Report on vaccination in the Province of Bengal - 1869-1873
Year: 1869
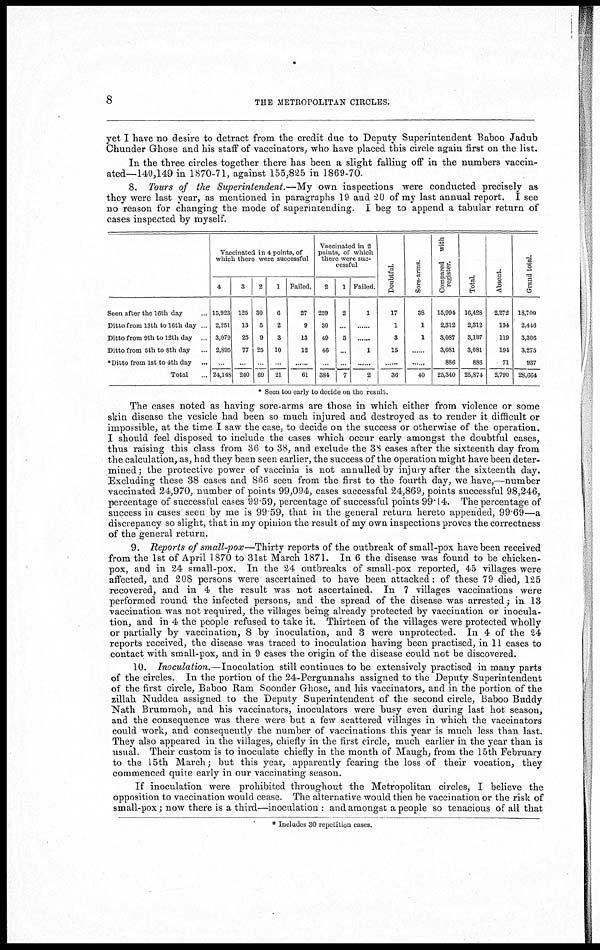
8
THE METROPOLITAN CIRCLES.
yet I have no desire to detract from the credit due to Deputy Superintendent Baboo Jadub
Chunder Ghose and his staff of vaccinators, who have placed this circle again first on the list.
In the three circles together there has been a slight falling off in the numbers vaccin-
ated— 140,149 in 1870-71, against 155,825 in 1869-70
8. Tours of the Superintendent.—My own inspections were conducted precisely as
they were last year, as mentioned in paragraphs 19 and '20 of my last annual report. I see
no reason for changing the mode of superintending. I beg to append a tabular return of
cases inspected by myself.
Seen after the 16th day ...
Ditto from 13th to 16th day ...
Ditto from 9th to 12th day ...
Ditto from 5th to 8th day ...
Ditto from 1st to 4th day ...
Total ...
Vaccinated in 4 points, of
which there were successful
4
15,923
2,251
3,079
2,895
...
24,148
3
125
13
25
77
...
240
2
30
5
9
25
...
69
1
6
2
3
10
...
21
Failed
27
9
13
12
...
61
Vaccinated in 2
points, of which
there were suc-
cessful
2
259
30
49
46
...
384
1
2
...
5
...
...
7
Failed.
1
......
......
1
......
2
Doubtful.
17
1
3
15
......
36
Sore-arms.
38
1
1
......
......
40
Compared with
register.
15,994
2,312
3,087
3,081
886
25,340
Total.
16,428
2,312
3,187
3,081
886
25,874
Absent.
2,272
134
119
194
71
2,790
Grand total.
18,700
2,446
3,306
3,275
937
28,664
* Seen too early to decide on the result.
The cases noted as having sore-arms are those in which either from violence or some
skin disease the vesicle had been so much injured and destroyed as to render it difficult or
impossible, at the time I saw the case, to decide on the success or otherwise of the operation.
I should feel disposed to include the cases which occur early amongst the doubtful cases,
thus raising this class from 36 to 38, and exclude the 38 cases after the sixteenth day from
the calculation, as, had they been seen earlier, the success of the operation might have been deter-
mined; the protective power of vaccinia is not annulled by injury after the sixteenth day.
Excluding these 38 cases and 866 seen from the first to the fourth day, we have,—number
vaccinated 24,970, number of points 99,094, cases successful 24,869, points successful 98,246,
percentage of successful cases 99.59, percentage of successful points 99.14. The percentage of
success in cases seen by me is 99 59, that in the general return hereto appended, 99.69—a
discrepancy so slight, that in my opinion the result of my own inspections proves the correctness
of the general return.
9. Reports of small-pox—Thirty reports of the outbreak of small-pox have been received
from the 1st of April 1870 to 31st March 1871. In 6 the disease was found to be chicken-
pox, and in 24 small-pox. In the 24 outbreaks of small-pox reported, 45 villages were
affected, and 208 persons were ascertained to have been attacked: of these 79 died, 125
recovered, and in 4 the result was not ascertained. In 7 villages vaccinations were
performed round the infected persons, and the spread of the disease was arrested; in 13
vaccination was not required, the villages being already protected by vaccination or inocula-
tion, and in 4 the people refused to take it. Thirteen of the villages were protected wholly
or partially by vaccination, 8 by inoculation, and 3 were unprotected. In 4 of the 24
reports received, the disease was traced to inoculation having been practised, in 11 cases to
contact with small-pox, and in 9 cases the origin of the disease could not be discovered.
10. Inoculation.—Inoculation still continues to be extensively practised in many parts
of the circles. In the portion of the 24-Pergunnahs assigned to the Deputy Superintendent
of the first circle, Baboo Ram Soonder Ghose, and his vaccinators, and in the portion of the
zillah Nuddea assigned to the Deputy Superintendent of the second circle, Baboo Buddy
Nath Brummoh, and his vaccinators, inoculators were busy even during last hot season,
and the consequence was there were but a few scattered villages in which the vaccinators
could work, and consequently the number of vaccinations this year is much less than last.
They also appeared in the villages, chiefly in the first circle, much earlier in the year than is
usual. Their custom is to inoculate chiefly in the month of Maugh, from the 15th February
to the 15th March; but this year, apparently fearing the loss of their vocation, they
commenced quite early in our vaccinating season.
If inoculation were prohibited throughout the Metropolitan circles, I believe the
opposition to vaccination would cease. The alternative would then be vaccination or the risk of
small-pox; now there is a third—inoculation : and amongst a people so tenacious of all that
* Includes 30 repetition cases.